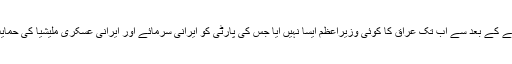
امریکہ کے جانے کے بعد سے اب تک عراق کا کوئی وزیراعظم ایسا نہیں آیا جس کی پارٹی کو ایرانی سرمائے اور ایرانی عسکری ملیشیا کی حمایت حاصل نہ ہو۔